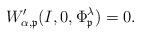
LaTeX: \begin{align*}W'_{\alpha,\mathfrak{p}}(I, 0, \Phi^\lambda_{\mathfrak{p}}) = 0.\end{align*}